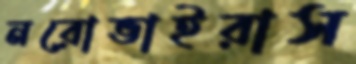
নরোভাইরাস